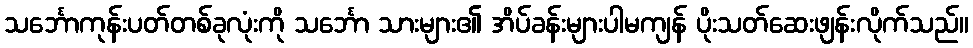
သင်္ဘောကုန်းပတ်တစ်ခုလုံးကို သင်္ဘော သားများ၏ အိပ်ခန်းများပါမကျန် ပိုးသတ်ဆေးဖျန်းလိုက်သည်။